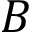
B